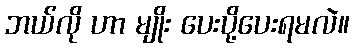
ဘယ်လို ဟာ မျိုး ပေးပို့ပေးရမလဲ။